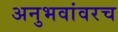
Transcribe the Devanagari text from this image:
अनुभवांवरच